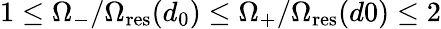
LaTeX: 1\leq\Omega_{-}/\Omega_{\mathrm{res}}(d_{0})\leq\Omega_{+}/\Omega_{\mathrm{res}}(d0)\leq 2